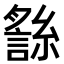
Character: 𧪬